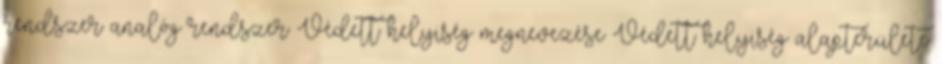
rendszer analóg rendszer Védett helyiség megnevezése Védett helyiség alapterülete